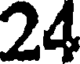
24